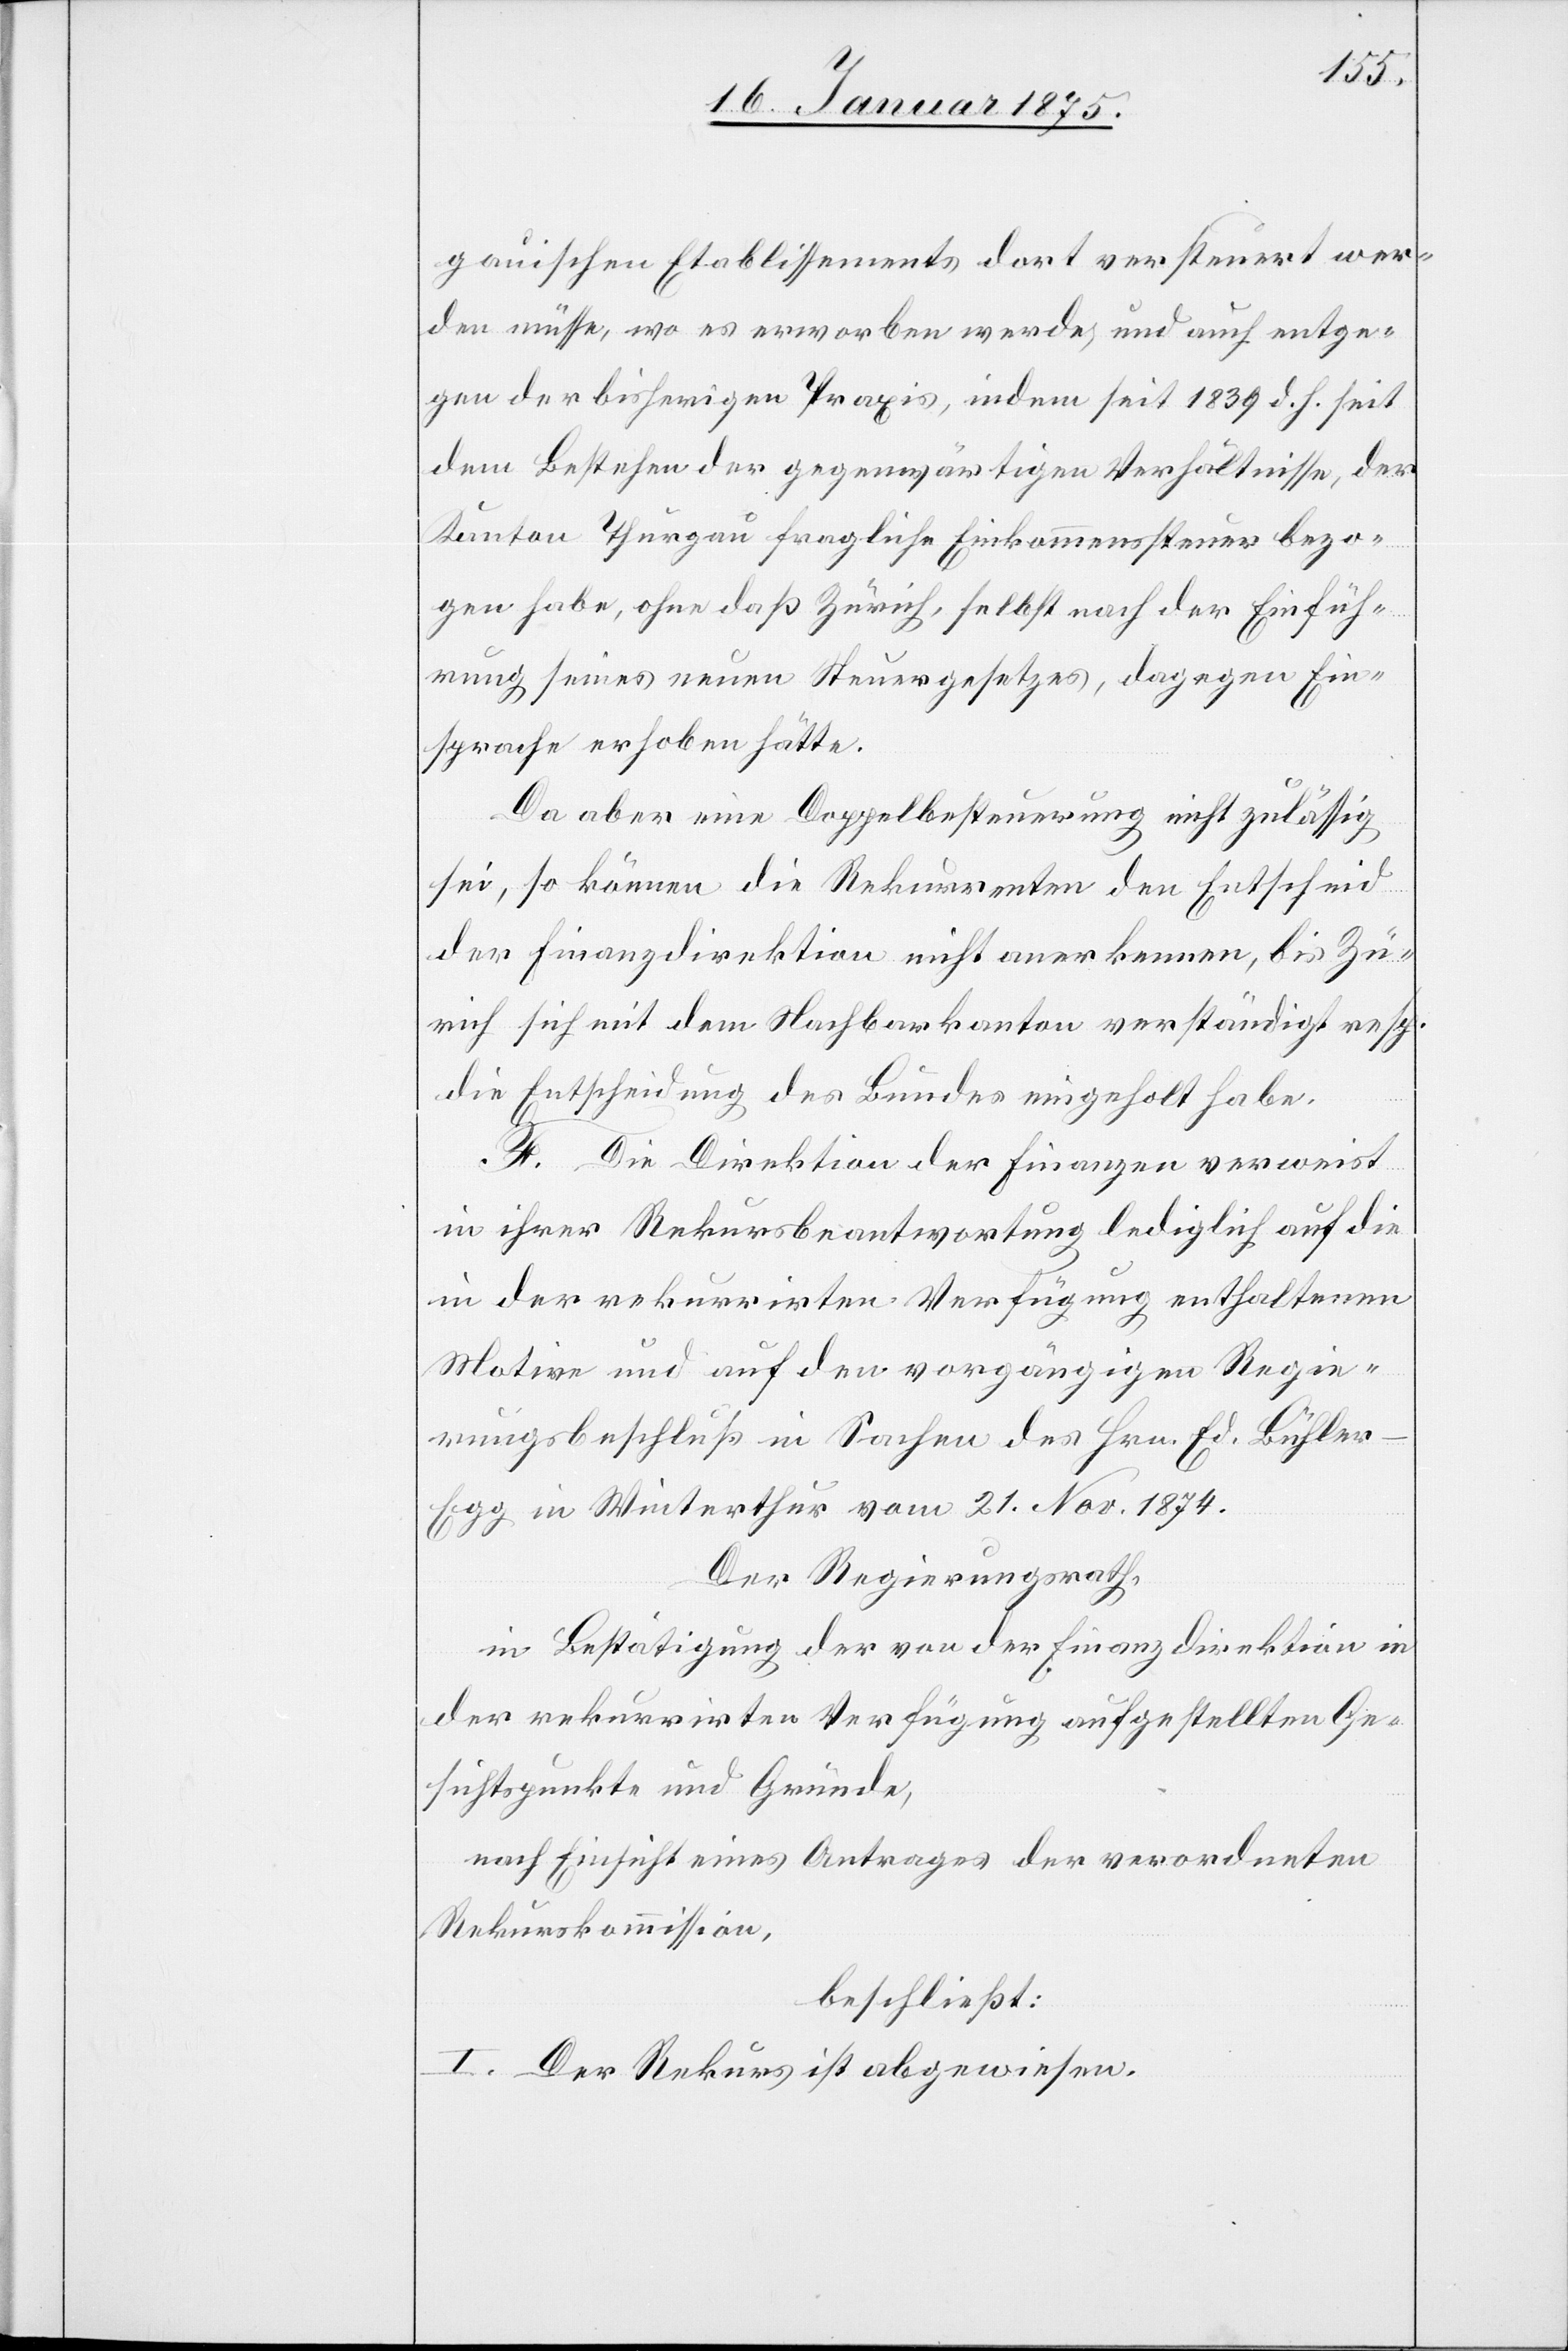
gauischen Etablissements dort versteuert wer¬
den müsse, wo es erworben werde, und auch entge¬
gen der bisherigen Praxis, indem seit 1839 d. h. seit
dem Bestehen der gegenwärtigen Verhältnisse, der
Kanton Thurgau fragliche Einkommenssteuer bezo¬
gen habe, ohne daß Zürich, selbst nach der Einfüh¬
rung seines neuen Steuergesetzes, dagegen Ein¬
sprache erhoben hätte.
Da aber eine Doppelbesteurung nicht zulässig
sei, so können die Rekurrenten den Entscheid
der Finanzdirektion nicht anerkennen, bis Zü¬
rich sich mit dem Nachbarkanton verständigt resp.
die Entscheidung des Bundes eingeholt habe.
F. Die Direktion der Finanzen verweist
in ihrer Rekursbeantwortung lediglich auf die
in der rekurrirten Verfügung enthaltenen
Motive und auf den vorgängigen Regie¬
rungsbeschluß in Sachen des Hrn. Ed. Bühle¬
r-Egg in Winterthur vom 21. Nov. 1874.
Der Regierungsrath,
in Bestätigung der von der Finanzdirektion in
der rekurrirten Verfügung aufgestellten Ge¬
sichtspunkte und Gründe,
nach Einsicht eines Antrages der verordneten
Rekurskommission,
beschließt:
I. Der Rekurs ist abgewiesen.